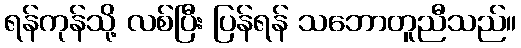
ရန်ကုန်သို့ လစ်ပြီး ပြန်ရန် သဘောတူညီသည်။